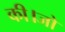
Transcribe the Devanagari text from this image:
की।जो